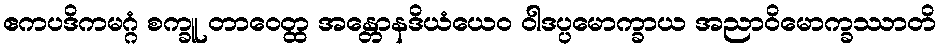
ဧကပဒိကမဂ္ဂံ စက္ခူ တာဝေတ္ထ အန္တောနဒိယံယေဝ ဝါဒပ္ပမောက္ခာယ အညာဝိမောက္ခဿာတိ